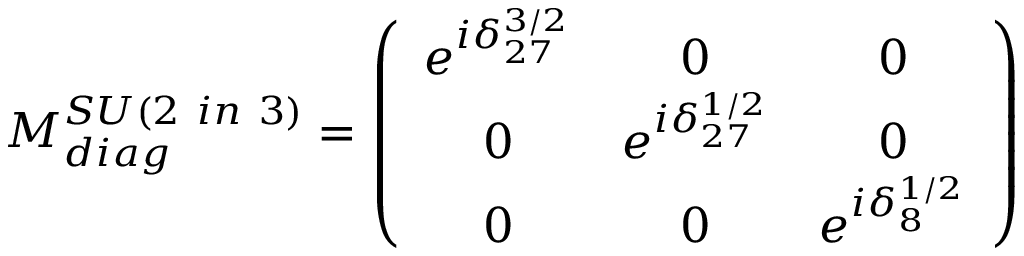
M _ { d i a g } ^ { S U ( 2 \mathrm { ~ } i n \mathrm { ~ } 3 ) } = \left( \begin{array} { c c c } { { e ^ { i \delta _ { 2 7 } ^ { 3 / 2 } } } } & { { 0 } } & { { 0 } } \\ { { 0 } } & { { e ^ { i \delta _ { 2 7 } ^ { 1 / 2 } } } } & { { 0 } } \\ { { 0 } } & { { 0 } } & { { e ^ { i \delta _ { 8 } ^ { 1 / 2 } } } } \end{array} \right)